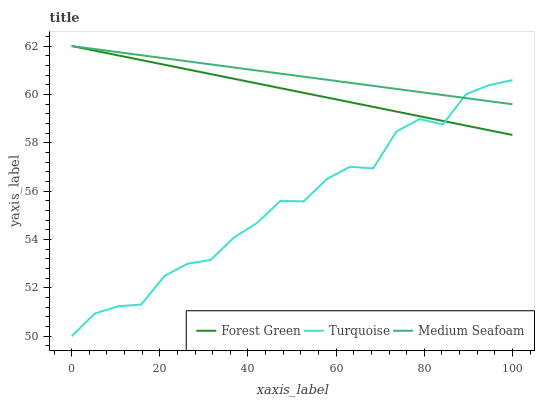
| xaxis_label | Forest Green | Turquoise | Medium Seafoam |
 | --- | --- | --- | --- |
 | 0 | 62 | 50 | 62 |
 | 5.26 | 61.8 | 50.9 | 61.9 |
 | 10.5 | 61.6 | 51.2 | 61.7 |
 | 15.8 | 61.4 | 51.3 | 61.6 |
 | 21.1 | 61.2 | 52.5 | 61.5 |
 | 26.3 | 61 | 53 | 61.4 |
 | 31.6 | 60.8 | 53.2 | 61.2 |
 | 36.8 | 60.6 | 54.1 | 61.1 |
 | 42.1 | 60.5 | 54.7 | 61 |
 | 47.4 | 60.3 | 55.6 | 60.9 |
 | 52.6 | 60.1 | 55.6 | 60.7 |
 | 57.9 | 59.9 | 56.5 | 60.6 |
 | 63.2 | 59.7 | 57 | 60.5 |
 | 68.4 | 59.5 | 56.9 | 60.4 |
 | 73.7 | 59.3 | 58.5 | 60.2 |
 | 78.9 | 59.1 | 59 | 60.1 |
 | 84.2 | 58.9 | 58.8 | 60 |
 | 89.5 | 58.7 | 60 | 59.8 |
 | 94.7 | 58.5 | 60.4 | 59.7 |
 | 100 | 58.3 | 60.6 | 59.6 |